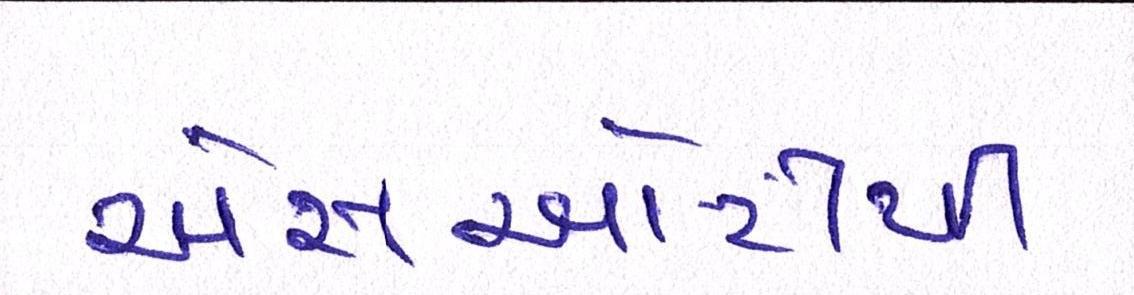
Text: એસઓટીપી